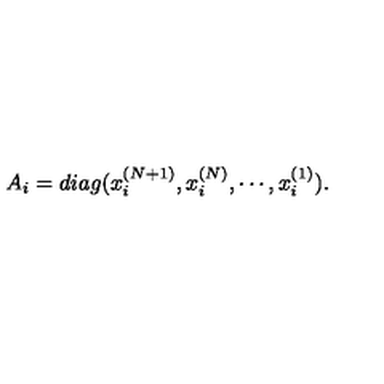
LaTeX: A _ { i } = d i a g ( x _ { i } ^ { ( N + 1 ) } , x _ { i } ^ { ( N ) } , \cdots , x _ { i } ^ { ( 1 ) } ) .